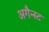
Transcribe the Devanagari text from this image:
अगैन्स्ट